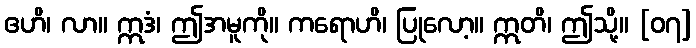
ဧဟိ၊ လာ။ ဣဒံ၊ ဤအမူကို။ ကရောဟိ၊ ပြုလော့။ ဣတိ၊ ဤသို့။ [၀၇]